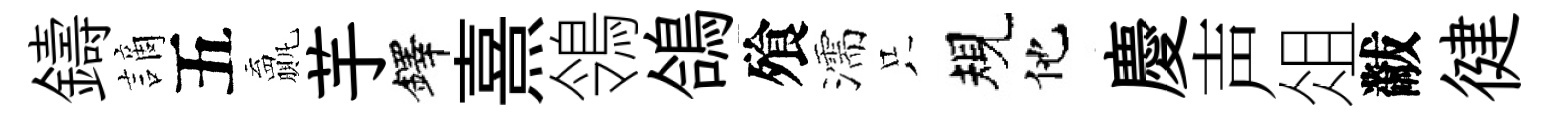
鑄謫五贏芋鐸熹鴒鴿飱濡只規他慶声俎黻徤